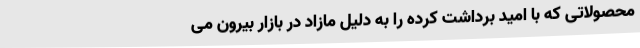
محصولاتی که با امید برداشت کرده را به دلیل مازاد در بازار بیرون می